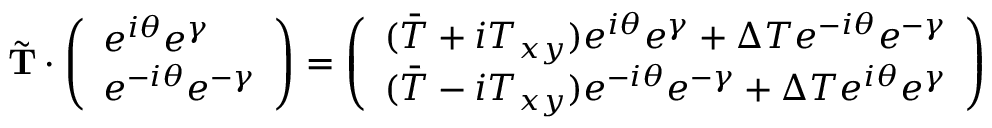
\tilde { \bf T } \cdot \left( \begin{array} { l } { e ^ { i \theta } e ^ { \gamma } } \\ { e ^ { - i \theta } e ^ { - \gamma } } \end{array} \right) = \left( \begin{array} { l } { ( \bar { T } + i T _ { x y } ) e ^ { i \theta } e ^ { \gamma } + \Delta T e ^ { - i \theta } e ^ { - \gamma } } \\ { ( \bar { T } - i T _ { x y } ) e ^ { - i \theta } e ^ { - \gamma } + \Delta T e ^ { i \theta } e ^ { \gamma } } \end{array} \right)